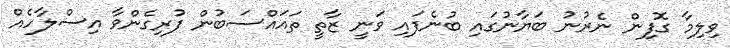
ވިލިމާ ގޮފިން ނެރުނު ބަޔާނުގައި ބުނެފައި ވަނީ ޒާތީ ތައައްސަބުން ފުރިގެންވާ އިސްލާހެއް